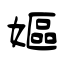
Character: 嫗